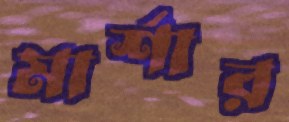
মার্শার